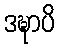
ဒဍ္ဎာပိ